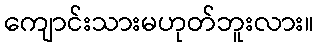
ကျောင်းသားမဟုတ်ဘူးလား။